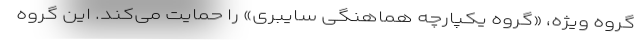
گروه ویژه، «گروه یکپارچه هماهنگی سایبری» را حمایت می‌کند. این گروه